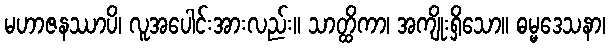
မဟာဇနဿာပိ၊ လူအပေါင်းအားလည်း။ သာတ္ထိကာ၊ အကျိုးရှိသော။ ဓမ္မဒေသနာ၊